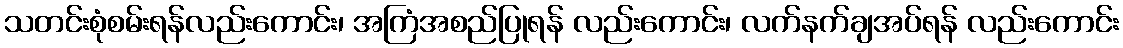
သတင်းစုံစမ်းရန်လည်းကောင်း၊ အကြံအစည်ပြုရန် လည်းကောင်း၊ လက်နက်ချအပ်ရန် လည်းကောင်း